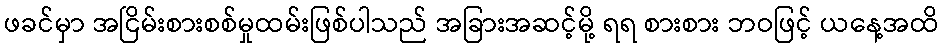
ဖခင်မှာ အငြိမ်းစားစစ်မှုထမ်းဖြစ်ပါသည် အခြားအဆင့်မို့ ရရ စားစား ဘဝဖြင့် ယနေ့အထိ